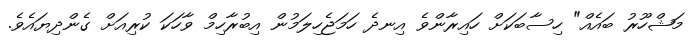
މަޝްހޫރު ބައެއް" ހިސާބަކަށް ހައިރާންވެ އިނދެ ހަމަޖެހިލަމުން އިބުރާހިމް ވާހަކަ ކުރިއަށް ގެންދިޔައެވެ.